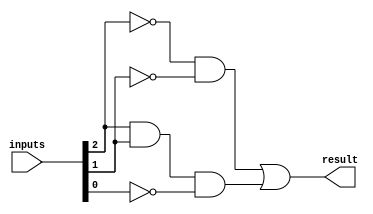
`timescale 1ns / 1ps

module concurrentQ1( //concurrent truth table implemtation - reduces to ~A~B + AB~C where inputs = ABC
    input[2:0] inputs,
    output result
    );
    
    assign result = (!inputs[2] && !inputs[1]) | (inputs[2] && inputs[1] && !inputs[0]);   
endmodule


module caseBehavioralQ1( //case implementation of truth table
    input[2:0] inputs,
    output reg result
    );
    
    always@(inputs)
    begin
        case(inputs)
            3'b000: result <= 1;
            3'b001: result <= 1;
            3'b110: result <= 1;
            default: result <= 0;
        endcase
    end
    
endmodule
    
module ifBehavioralQ1( //if implementation of truth table leveraging Verilog's reg/wire decoding to decimal
    input[2:0] inputs,
    output reg result
    );
    
    always@(inputs)
    begin
        if(inputs == 0)
            result = 1;
        else if (inputs == 1)
            result = 1;
        else if (inputs == 3'b110)
            result = 1;
        else
            result = 0;
    end
endmodule

module structuralQ1( //structural implementation of truth table
    input[2:0] inputs,
    output result
    );
    wire not0, not1, not2, result0, result1, result2;
    not n1(not2, inputs[2]);
    not n2(not1, inputs[1]);
    not n3(not0, inputs[0]);  
    
    and a1(result0, not2, not1, not0);
    and a2(result1, not2, not1, inputs[0]);
    and a3(result2, inputs[2], inputs[1], not0);
    
    or o1(result, result0, result1, result2);
    
endmodule

module reducedQ1( //reduction operators 
    input[2:0] inputs,
    output result
    );
    
   assign result = ~|(inputs[2:1]) | (inputs[1]&!inputs[0]);
      
endmodule